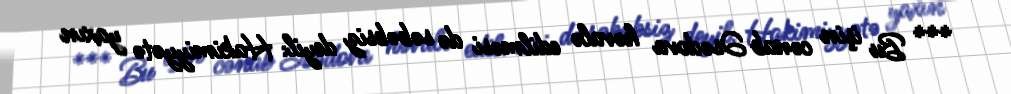
*** Bu işin cənab Əsədova həvalə edilməsi də səbəbsiz deyil: Hakimiyyətə yaxın